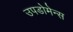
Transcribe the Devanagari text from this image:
उपडोमेन्स